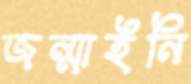
জন্মাইনি